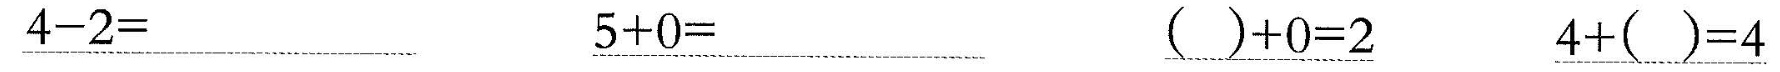
\underline{$$4 - 2 =$$} \underline{$$5 + 0 =$$} \underline{$$( ) + 0 = 2$$} \underline{$$4 + ( ) = 4$$}